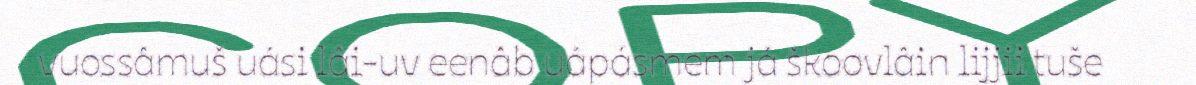
vuossâmuš uási lâi-uv eenâb uápásmem já škoovlâin lijjii tuše